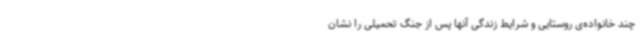
چند خانواده‌ی روستایی و شرایط زندگی آنها پس از جنگ تحمیلی را نشان